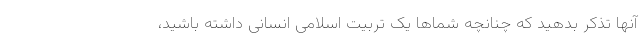
آنها تذکر بدهید که چنانچه شماها یک تربیت اسلامی انسانی داشته باشید،